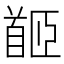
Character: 𩠛